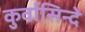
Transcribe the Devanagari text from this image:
कुर्वासिन्दे